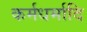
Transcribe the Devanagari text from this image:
कर्मधर्मादि